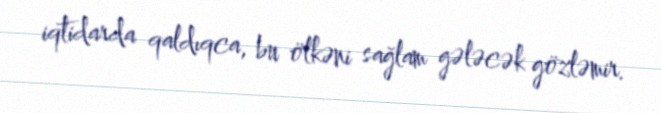
iqtidarda qaldıqca, bu ölkəni sağlam gələcək gözləmir.